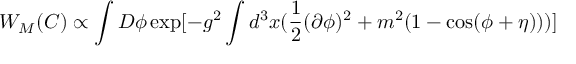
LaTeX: W _ { M } ( C ) \propto \int D \phi \exp [ - g ^ { 2 } \int d ^ { 3 } x ( \frac { 1 } { 2 } ( \partial \phi ) ^ { 2 } + m ^ { 2 } ( 1 - \cos ( \phi + \eta ) ) ) ]